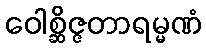
ဝေါစ္ဆိဇ္ဇတာရမ္မဏံ